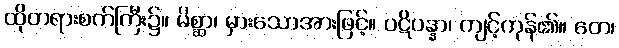
ထိုတရားစက်ကြီး၌။ မိစ္ဆာ၊ မှားသောအားဖြင့်။ ပဋိပန္နာ၊ ကျင့်ကုန်၏။ တေ၊